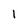
Character: I